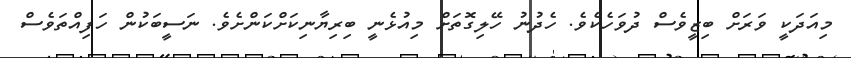
މިއަދަކީ ވަރަށް ބިޒީވެސް ދުވަހެކެވެ. ހެދުނު ހޭލިގޮތަށް މިއުޅެނީ ބިރިޔާނިކަށްކަންށެވެ. ނަސީބަކުން ހަފިއްތަވެސް